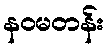
နဝမတန်း